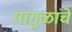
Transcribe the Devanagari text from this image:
पांगुळांचे